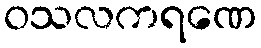
ဝသလကရဏေ